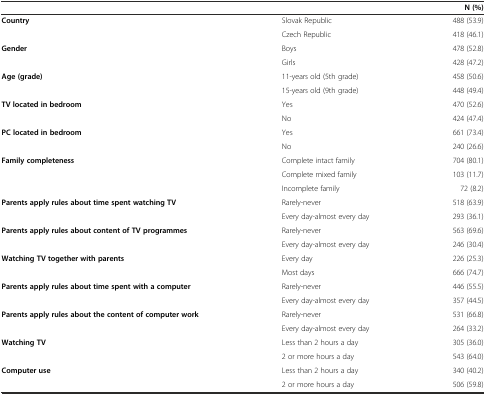
<table><thead><tr><td colspan="2"></td><td><b>N (%)</b></td></tr></thead><tbody><tr><td rowspan="2"><b>Country</b></td><td>Slovak Republic</td><td>488 (53.9)</td></tr><tr><td>Czech Republic</td><td>418 (46.1)</td></tr><tr><td rowspan="2"><b>Gender</b></td><td>Boys</td><td>478 (52.8)</td></tr><tr><td>Girls</td><td>428 (47.2)</td></tr><tr><td rowspan="2"><b>Age (grade)</b></td><td>11-years old (5th grade)</td><td>458 (50.6)</td></tr><tr><td>15-years old (9th grade)</td><td>448 (49.4)</td></tr><tr><td rowspan="2"><b>TV located in bedroom</b></td><td>Yes</td><td>470 (52.6)</td></tr><tr><td>No</td><td>424 (47.4)</td></tr><tr><td rowspan="2"><b>PC located in bedroom</b></td><td>Yes</td><td>661 (73.4)</td></tr><tr><td>No</td><td>240 (26.6)</td></tr><tr><td rowspan="3"><b>Family completeness</b></td><td>Complete intact family</td><td>704 (80.1)</td></tr><tr><td>Complete mixed family</td><td>103 (11.7)</td></tr><tr><td>Incomplete family</td><td>72 (8.2)</td></tr><tr><td rowspan="2"><b>Parents apply rules about time spent watching TV</b></td><td>Rarely-never</td><td>518 (63.9)</td></tr><tr><td>Every day-almost every day</td><td>293 (36.1)</td></tr><tr><td rowspan="2"><b>Parents apply rules about content of TV programmes</b></td><td>Rarely-never</td><td>563 (69.6)</td></tr><tr><td>Every day-almost every day</td><td>246 (30.4)</td></tr><tr><td rowspan="2"><b>Watching TV together with parents</b></td><td>Every day</td><td>226 (25.3)</td></tr><tr><td>Most days</td><td>666 (74.7)</td></tr><tr><td rowspan="2"><b>Parents apply rules about time spent with a computer</b></td><td>Rarely-never</td><td>446 (55.5)</td></tr><tr><td>Every day-almost every day</td><td>357 (44.5)</td></tr><tr><td rowspan="2"><b>Parents apply rules about the content of computer work</b></td><td>Rarely-never</td><td>531 (66.8)</td></tr><tr><td>Every day-almost every day</td><td>264 (33.2)</td></tr><tr><td rowspan="2"><b>Watching TV</b></td><td>Less than 2 hours a day</td><td>305 (36.0)</td></tr><tr><td>2 or more hours a day</td><td>543 (64.0)</td></tr><tr><td rowspan="2"><b>Computer use</b></td><td>Less than 2 hours a day</td><td>340 (40.2)</td></tr><tr><td>2 or more hours a day</td><td>506 (59.8)</td></tr></tbody></table>